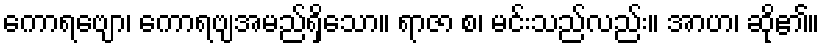
ကောရဗျော၊ ကောရဗျအမည်ရှိသော။ ရာဇာ စ၊ မင်းသည်လည်း။ အာဟ၊ ဆို၏။